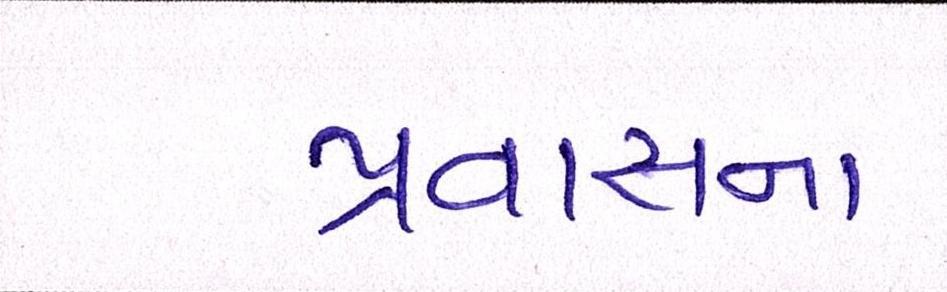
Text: પ્રવાસના